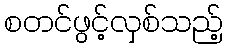
စတင်ဖွင့်လှစ်သည့်